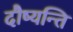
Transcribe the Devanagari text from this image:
दौष्यन्ति